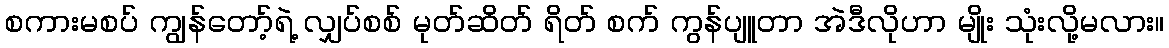
စကားမစပ် ကျွန်တော့်ရဲ့ လျှပ်စစ် မုတ်ဆိတ် ရိတ် စက် ကွန်ပျူတာ အဲဒီလိုဟာ မျိုး သုံးလို့မလား။